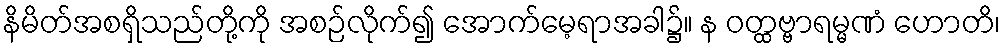
နိမိတ်အစရှိသည်တို့ကို အစဉ်လိုက်၍ အောက်မေ့ရာအခါ၌။ န ဝတ္ထဗ္ဗာရမ္မဏံ ဟောတိ၊